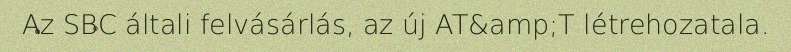
Az SBC általi felvásárlás, az új AT&amp;T létrehozatala.